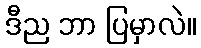
ဒီည ဘာ ပြမှာလဲ။